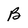
Character: B